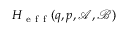
H _ { \mathrm { ~ e ~ f ~ f ~ } } ( q , p , \mathcal { A } , \mathcal { B } )